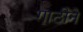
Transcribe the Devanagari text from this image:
गाठीने